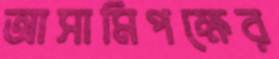
আসামিপক্ষের